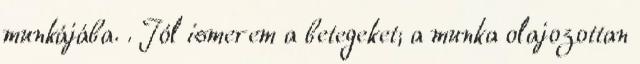
munkájába. . Jól ismerem a betegeket; a munka olajozottan